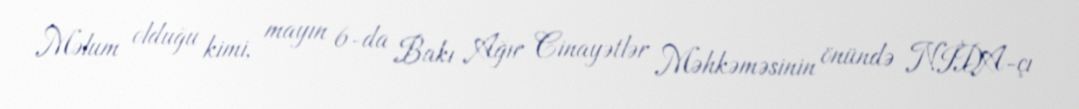
Məlum olduğu kimi, mayın 6-da Bakı Ağır Cinayətlər Məhkəməsinin önündə NİDA-çı